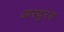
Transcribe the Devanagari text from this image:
अस्युरंस